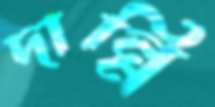
দান্নি